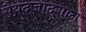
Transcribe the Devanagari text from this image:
सैयदजादगान